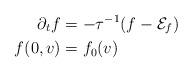
LaTeX: \begin{align*}\partial_tf &=-\tau^{-1}(f-\mathcal{E}_f)\\f(0,v)&=f_0(v)\end{align*}